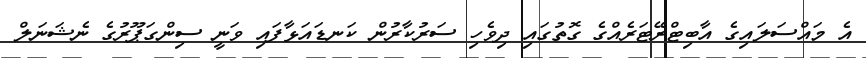
އެ މައްސަލައިގެ އާބިޓްރޭޓަރެއްގެ ގޮތުގައި ދިވެހި ސަރުކާރުން ކަނޑައަޅާފައި ވަނީ ސިންގަޕޫރުގެ ނެޝަނަލް